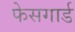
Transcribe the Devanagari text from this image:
फेसगार्ड